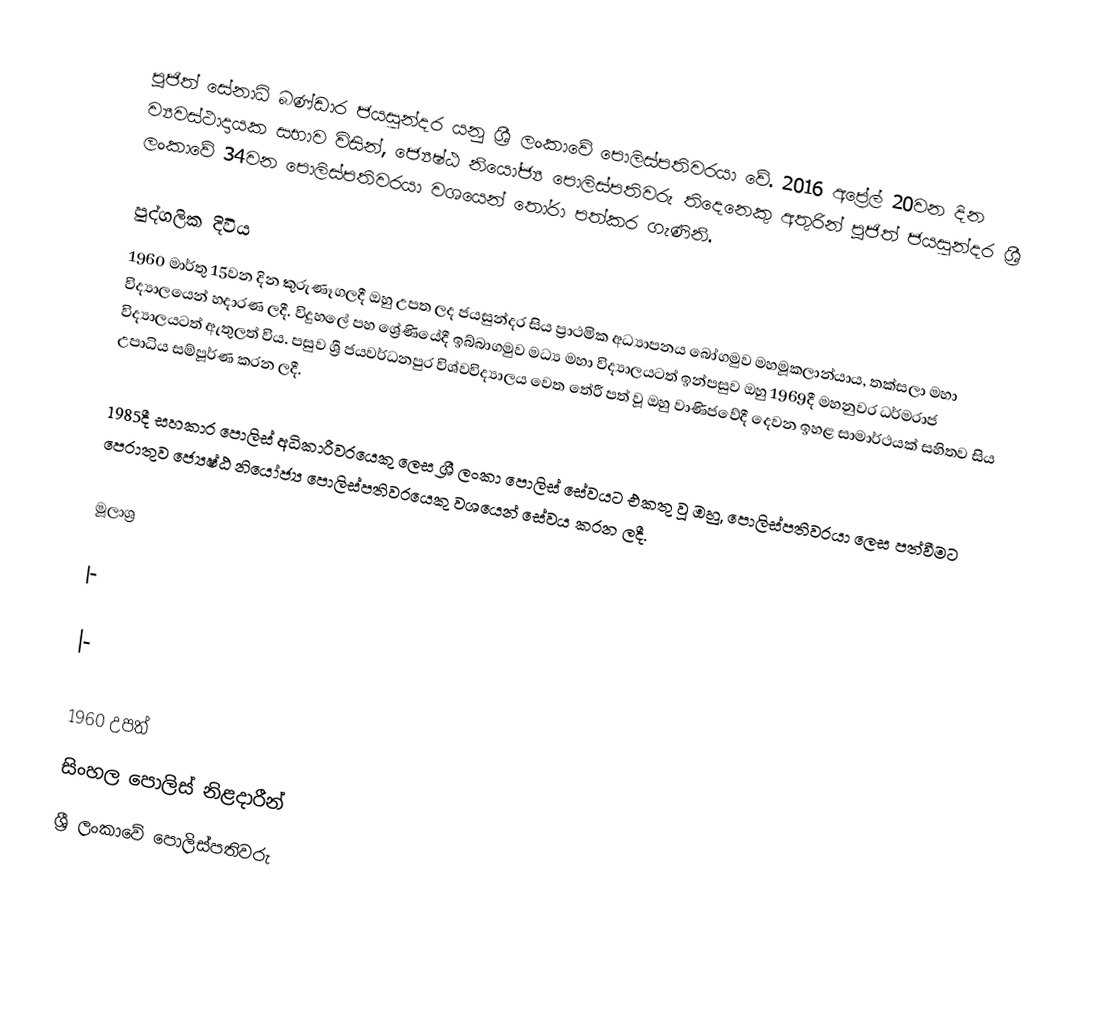
පූජිත් සේනාධි බණ්ඩාර ජයසුන්දර යනු ශ්‍රී ලංකාවේ පොලිස්පතිවරයා වේ. 2016 අප්‍රේල් 20වන දින ව්‍යවස්ථාදායක සභාව විසින්, ජ්‍යෙෂ්ඨ නියෝජ්‍ය පොලිස්පතිවරු තිදෙනෙකු අතුරින් පූජිත් ජයසුන්දර ශ්‍රී ලංකාවේ 34වන පොලිස්පතිවරයා වශයෙන් තෝරා පත්කර ගැණිනි.

පුද්ගලික දිවිය
1960 මාර්තු 15වන දින කුරුණෑගලදී ඔහු උපත ලද ජයසුන්දර සිය ප්‍රාථමික අධ්‍යාපනය බෝගමුව මහමූකලාන්යාය, තක්සලා මහා විද්‍යාලයෙන් හදාරණ ලදී. විදුහලේ පහ ශ්‍රේණියේදී ඉබ්බාගමුව මධ්‍ය මහා විද්‍යාලයටත් ඉන්පසුව ඔහු 1969දී මහනුවර ධර්මරාජ විද්‍යාලයටත් ඇතුලත් විය. පසුව ශ්‍රී ජයවර්ධනපුර විශ්වවිද්‍යාලය වෙත තේරී පත් වූ ඔහු වාණිජවේදී දෙවන ඉහළ සාමාර්ථයක් සහිතව සිය උපාධිය සම්පූර්ණ කරන ලදී.

1985දී සහකාර පොලිස් අධිකාරීවරයෙකු ලෙස ශ්‍රී ලංකා පොලිස් සේවයට එකතු වූ ඔහු, පොලිස්පතිවරයා ලෙස පත්වීමට පෙරාතුව ජ්‍යෙෂ්ඨ නියෝජ්‍ය පොලිස්පතිවරයෙකු වශයෙන් සේවය කරන ලදී.

මූලාශ්‍ර

|-

|-

1960 උපත්
සිංහල පොලිස් නිළදාරීන්
ශ්‍රී ලංකාවේ පොලිස්පතිවරු